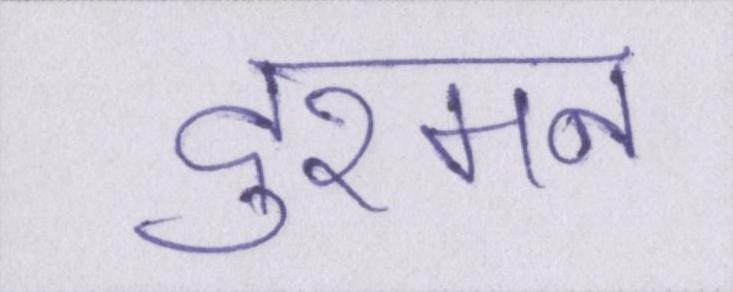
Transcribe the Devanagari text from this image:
दुश्मन